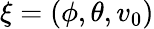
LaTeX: \xi=(\phi,\theta,v_{0})